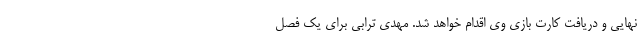
نهایی و دریافت کارت بازی وی اقدام خواهد شد. مهدی ترابی برای یک فصل